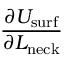
\frac { \partial U _ { \mathrm { s u r f } } } { \partial L _ { \mathrm { n e c k } } }